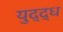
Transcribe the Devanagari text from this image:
युद्द्ध